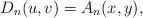
LaTeX: \begin{align*}D_n(u,v)= A_n(x,y),\end{align*}